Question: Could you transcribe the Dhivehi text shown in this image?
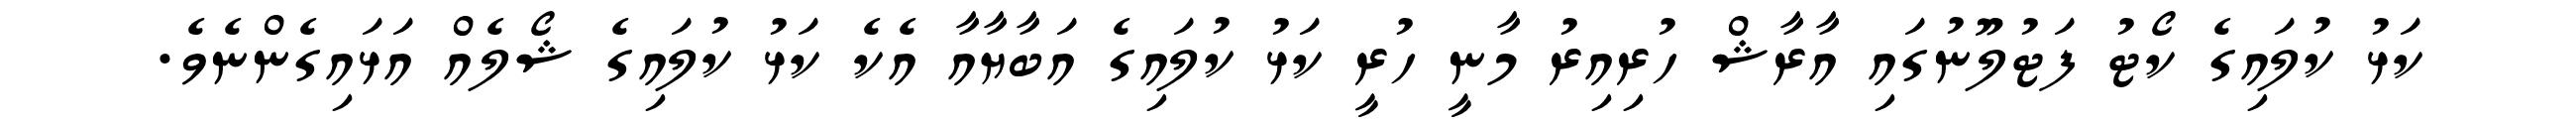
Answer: ކަޅު ކުލައިގެ ކޯޓު ފަޓުލޫނުގައި އާރާޝް ހުރިއިރު މާނީ ހުރީ ކަޅު ކުލައިގެ އަބާޔާއާ އެކެ ކަޅު ކުލައިގެ ޝޯލެއް އަޅައިގެންނެވެ.